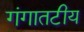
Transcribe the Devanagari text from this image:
गंगातटीय